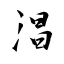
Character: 淐